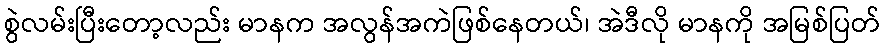
စွဲလမ်းပြီးတော့လည်း မာနက အလွန်အကဲဖြစ်နေတယ်၊ အဲဒီလို မာနကို အမြစ်ပြတ်